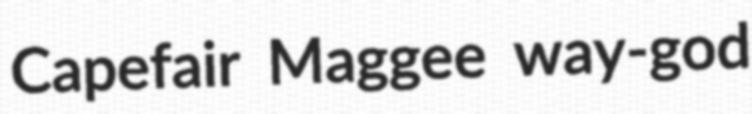
Capefair Maggee way-god